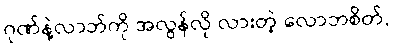
ဂုဏ်နဲ့လာဘ်ကို အလွန်လို လားတဲ့ လောဘစိတ်,